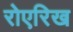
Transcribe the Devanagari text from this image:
रोएरिख